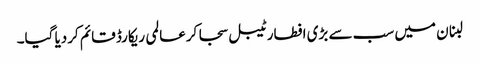
لبنان میں سب سے بڑی افطار ٹیبل سجا کرعالمی ریکارڈ قائم کردیا گیا۔